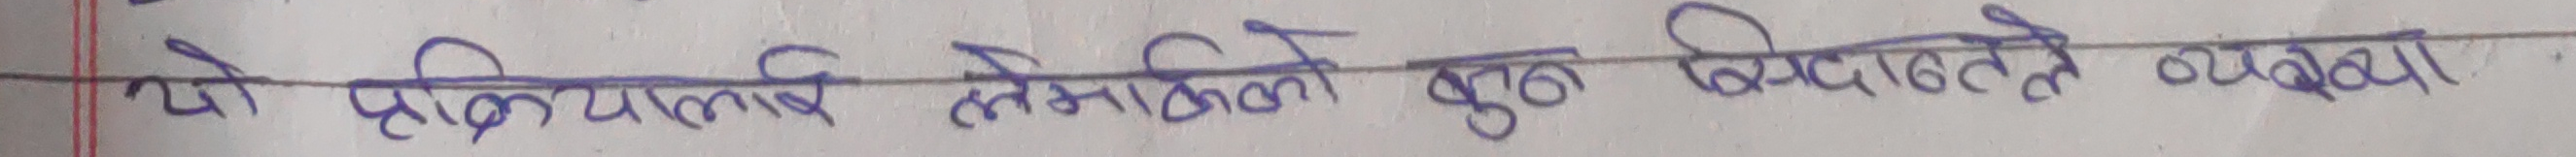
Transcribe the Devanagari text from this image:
यो प्रक्रियाले मानिसको गुण विशेषताले व्याख्या